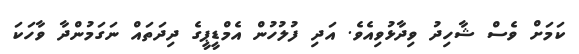
ކަމަށް ވެސް ޝާހިދު ވިދާޅުވިއެވެ. އަދި ފުލުހުން އެމްޑީޕީގެ ދިދަތައް ނަގަމުންދާ ވާހަކަ